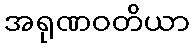
အရုဏဝတိယာ